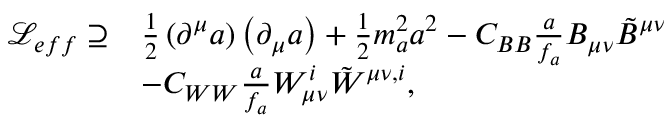
\begin{array} { r l } { \mathcal { L } _ { e f f } \supseteq } & { \frac { 1 } { 2 } \left( \partial ^ { \mu } a \right) \left( \partial _ { \mu } a \right) + \frac { 1 } { 2 } m _ { a } ^ { 2 } a ^ { 2 } - C _ { B B } \frac { a } { f _ { a } } B _ { \mu \nu } \tilde { B } ^ { \mu \nu } } \\ & { - C _ { W W } \frac { a } { f _ { a } } W _ { \mu \nu } ^ { i } \tilde { W } ^ { \mu \nu , i } , } \end{array}